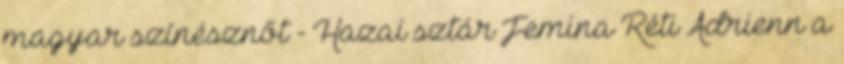
magyar színésznőt - Hazai sztár Femina Réti Adrienn a